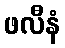
ဖလီနံ